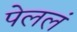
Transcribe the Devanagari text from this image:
पेललं